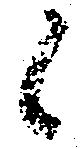
候